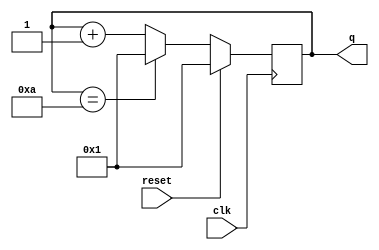
module top_module (
    input wire clk,         // Clock input
    input wire reset,       // Synchronous reset input
    output reg [3:0] q      // 4-bit output to hold the current counter value
);

    // Always block triggered by the rising edge of the clock
    always @(posedge clk) begin
        if (reset) begin
            // Reset condition: assign 1 to the counter
            q <= 4'd1;
        end else if (q == 4'd10) begin
            // If the counter reaches 10, reset to 1
            q <= 4'd1;
        end else begin
            // Otherwise, increment the counter
            q <= q + 1;
        end
    end
endmodule